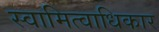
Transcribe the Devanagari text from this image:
स्वामित्वाधिकार